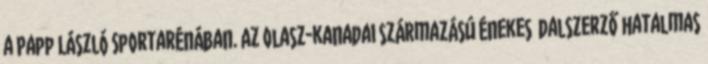
a Papp László Sportarénában. Az olasz-kanadai származású énekes dalszerző hatalmas